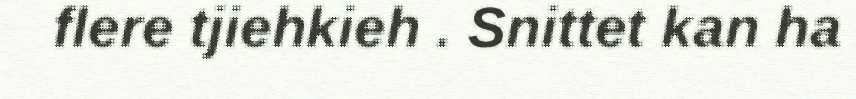
flere tjiehkieh . Snittet kan ha